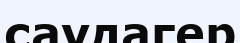
саудагер